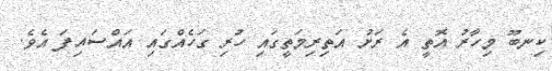
ކިނބޫ މިހާރު އޮތީ އެ ރަށު އަތިރިމަތީގައި ހުރި ގަހެއްގައި އައްސައިފަ އެވެ.